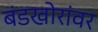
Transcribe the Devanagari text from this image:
बंडखोरांवर